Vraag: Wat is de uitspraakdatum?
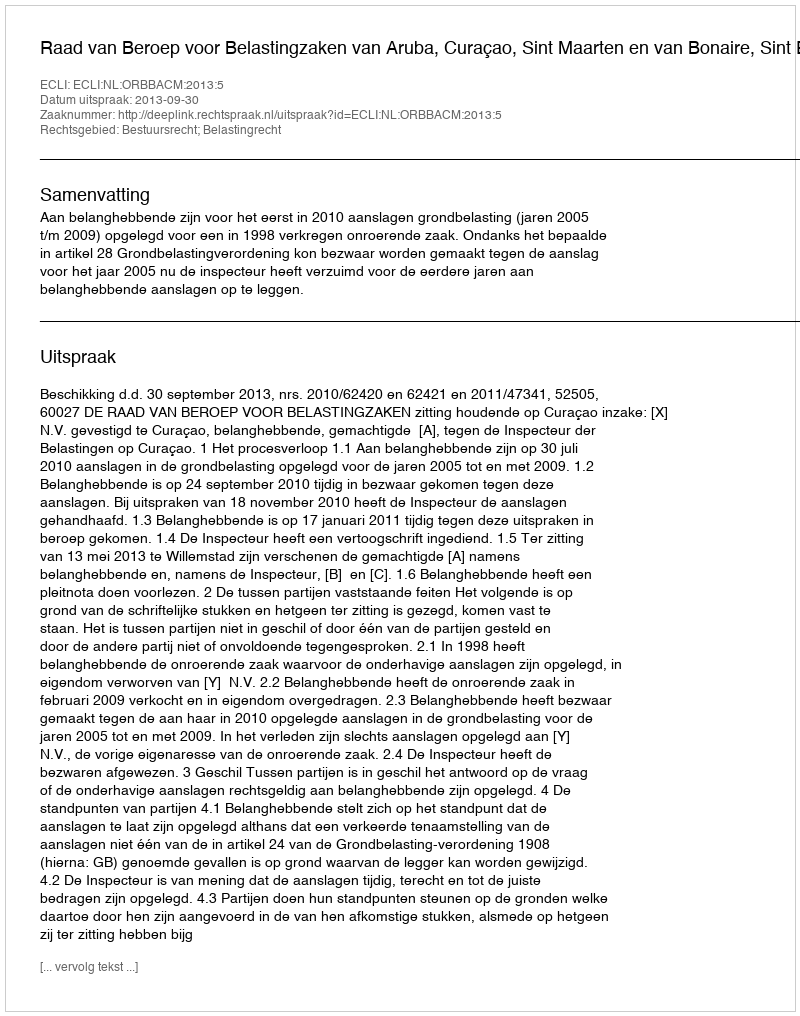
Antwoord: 2013-09-30